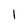
Character: 1